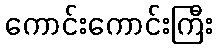
ကောင်းကောင်းကြီး